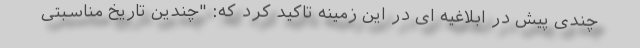
چندی پیش در ابلاغیه ای در این زمینه تاکید کرد که: "چندین تاریخ مناسبتی